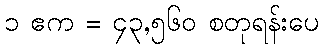
၁ ဧက = ၄၃,၅၆၀ စတုရန်းပေ